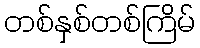
တစ်နှစ်တစ်ကြိမ်